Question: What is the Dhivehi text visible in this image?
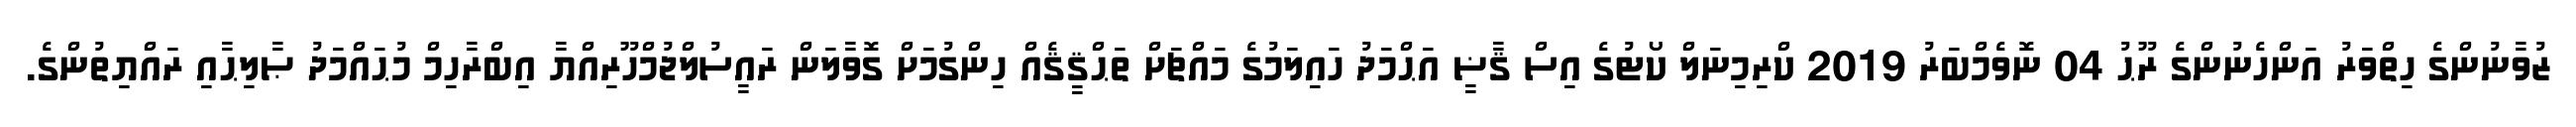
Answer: ޒުވާނުންގެ ހިތްވަރު އަންހެނުންގެ ރޫޙު 04 ނޮވެމްބަރު 2019 ކްރިމިނަލް ކޯޓުގެ އިސް ޤާޟީ އަޙްމަދު ހައިލަމުގެ މައްޗަށް ތަޙްޤީޤެއް ހިންގުމަށް ގޮވާލަން ރައީސުލްޖުމްހޫރިއްޔާ އިބްރާހިމް މުޙައްމަދު ޞާލިޙާއި ރައްޔިތުންގެ.